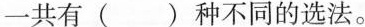
一共有()种不同的选法。